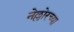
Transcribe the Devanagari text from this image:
नेल्लोरच्या